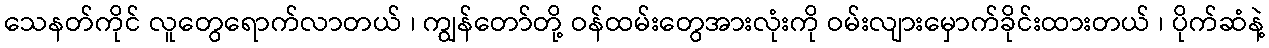
သေနတ်ကိုင် လူတွေရောက်လာတယ် ၊ ကျွန်တော်တို့ ဝန်ထမ်းတွေအားလုံးကို ဝမ်းလျားမှောက်ခိုင်းထားတယ် ၊ ပိုက်ဆံနဲ့